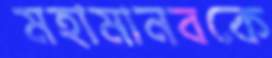
মহামানবকে